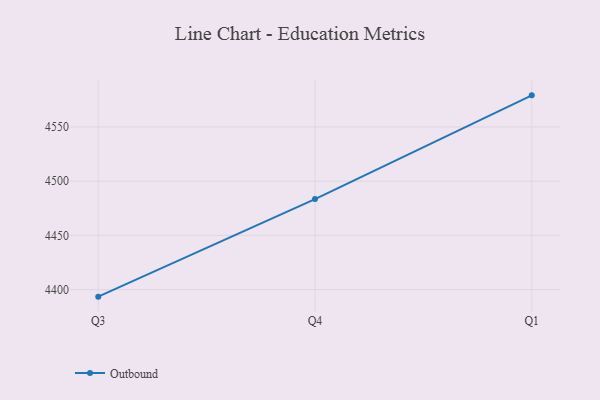
{"axis": {"x": "Quarter", "y": "Page Views"}, "legend": ["Outbound"], "data": [{"x": "Q3", "y": 4393.5, "type": "Outbound"}, {"x": "Q4", "y": 4483.5, "type": "Outbound"}, {"x": "Q1", "y": 4579.1, "type": "Outbound"}]}